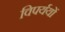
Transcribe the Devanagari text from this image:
विपर्ययों